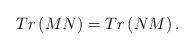
LaTeX: \begin{align*}Tr \left( M N \right)=Tr \left( N M \right).\end{align*}